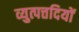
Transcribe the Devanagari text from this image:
व्युत्पत्तदियों